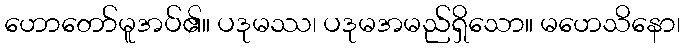
ဟောတော်မူအပ်၏။ ပဒုမဿ၊ ပဒုမအမည်ရှိသော။ မဟေသိနော၊